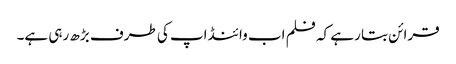
قرائن بتا رہے کہ فلم اب وائنڈ اپ کی طرف بڑھ رہی ہے۔